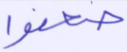
ضعفوا